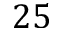
2 5